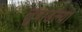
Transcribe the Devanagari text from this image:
लुबाडल्या